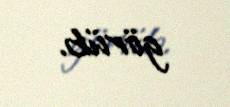
görüb.